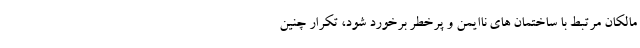
مالکان مرتبط با ساختمان های ناایمن و پرخطر برخورد شود، تکرار چنین